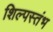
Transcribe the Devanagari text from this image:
शिल्पस्तंभ